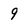
Character: 9